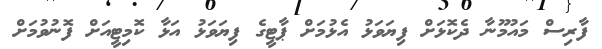
ފާރިސް މައުމޫނާ ދެކޮޅަށް ފިޔަވަޅު އެޅުމަށް ޕާޓީގެ ފިޔަވަޅު އަޅާ ކޮމިޓީއަށް ފޮނުވުމަށް